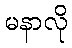
မနာလို